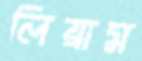
লিয়াম